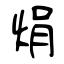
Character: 焆